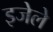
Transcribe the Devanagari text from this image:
इजेले